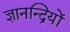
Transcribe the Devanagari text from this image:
ज्ञानन्द्रियों